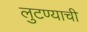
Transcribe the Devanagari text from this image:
लुटण्याची